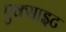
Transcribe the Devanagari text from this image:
एक्साइट